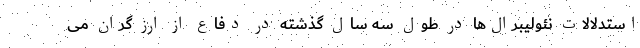
استدلالات نئولیبرال‌ها در طول سه سال گذشته در دفاع از ارز گران می